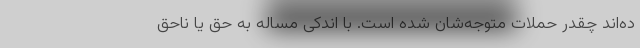
ده‌اند چقدر حملات متوجه‌شان شده است. با اندکی مساله به حق یا ناحق